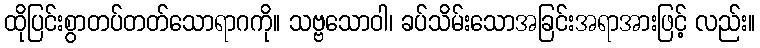
ထိုပြင်းစွာတပ်တတ်သောရာဂကို။ သဗ္ဗသောဝါ၊ ခပ်သိမ်းသောအခြင်းအရာအားဖြင့် လည်း။